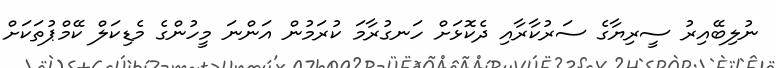
ނުލިބޭއިރު ސީރިޔާގެ ސަރުކާރާއި ދެކޮޅަށް ހަނގުރާމަ ކުރަމުން އަންނަ މީހުންގެ މެޑިކަލް ކޭމްޕުތަކަށް